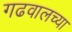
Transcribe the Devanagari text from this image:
गढवालच्या